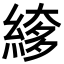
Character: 䋾